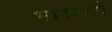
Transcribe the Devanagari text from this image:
भारदारो